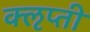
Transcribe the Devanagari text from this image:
क्‍ऌप्ती